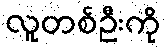
လူတစ်ဦးကို